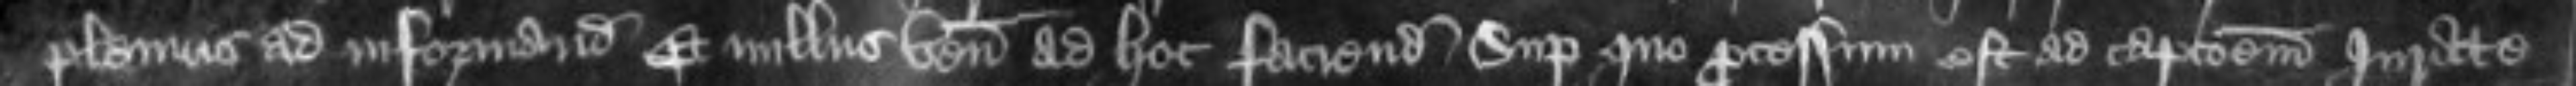
plenius ad informandum Et nullus venit ad hoc faciendum Super quo processum est ad capcionem Jurate